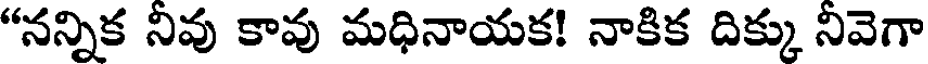
"నన్నిక నివు కావు మధినాయక! నాకిక దిక్కు నివెగా